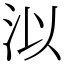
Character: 泤